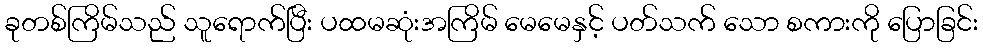
ခုတစ်ကြိမ်သည် သူရောက်ပြီး ပထမဆုံးအကြိမ် မေမေနှင့် ပတ်သက် သော စကားကို ပြောခြင်း